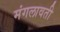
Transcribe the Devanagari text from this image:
मंगलावती